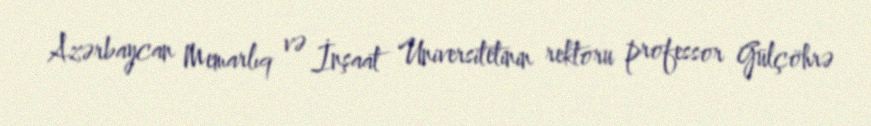
Azərbaycan Memarlıq və İnşaat Universitetinin rektoru professor Gülçöhrə